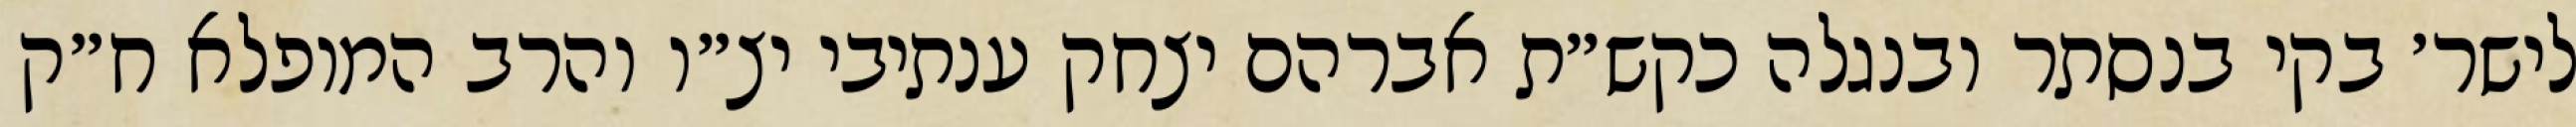
לישר׳ בקי בנסתר ובנגלה כקש״ת אברהם יצחק ענתיבי יצ״ו והרב המופלא ח״ק